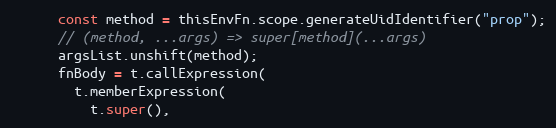
Language: JavaScript
      const method = thisEnvFn.scope.generateUidIdentifier("prop");
      // (method, ...args) => super[method](...args)
      argsList.unshift(method);
      fnBody = t.callExpression(
        t.memberExpression(
          t.super(),